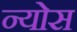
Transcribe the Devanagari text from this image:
न्योस